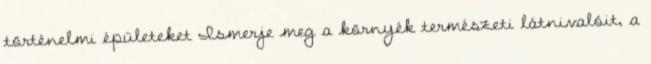
történelmi épületeket Ismerje meg a környék természeti látnivalóit, a